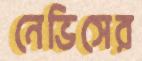
নেভিসের